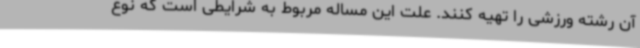
آن رشته ورزشی را تهیه کنند. علت این مساله مربوط به شرایطی است که نوع